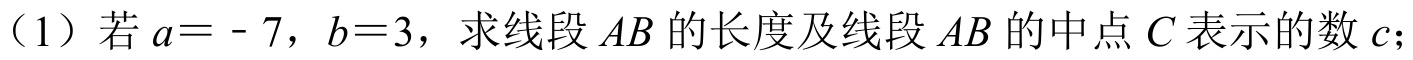
（1）若\(a = - 7\)，\(b = 3\)，求线段\(AB\)的长度及线段\(AB\)的中点\(C\)表示的数\(c\)；